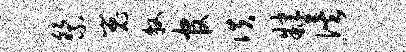
祭嵬牧官佚肄俟